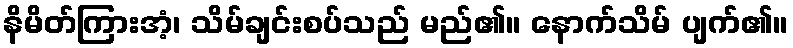
နိမိတ်ကြားအံ့၊ သိမ်ချင်းစပ်သည် မည်၏။ နောက်သိမ် ပျက်၏။